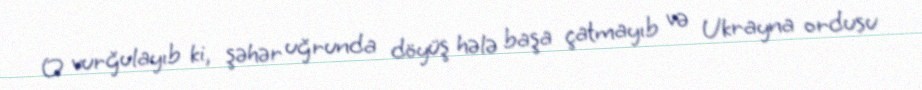
O vurğulayıb ki, şəhər uğrunda döyüş hələ başa çatmayıb və Ukrayna ordusu